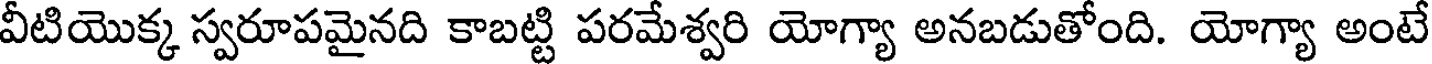
వీటియొక్క స్వరూపమైనది కాబట్టి పరమేశ్వరి యోగ్యా అనబడుతోంది. యోగ్యా అంటే